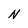
Character: N